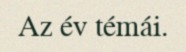
Az év témái.